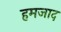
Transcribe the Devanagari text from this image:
हमजाद